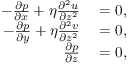
\begin{array} { r l } { - \frac { \partial p } { \partial x } + \eta \frac { \partial ^ { 2 } u } { \partial z ^ { 2 } } } & { { } = 0 , } \\ { - \frac { \partial p } { \partial y } + \eta \frac { \partial ^ { 2 } v } { \partial z ^ { 2 } } } & { { } = 0 , } \\ { \frac { \partial p } { \partial z } } & { { } = 0 , } \end{array}